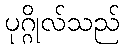
ပုဂ္ဂိုလ်သည်